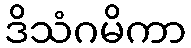
ဒိသံဂမိကာ